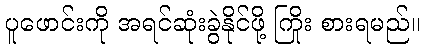
ပူဖောင်းကို အရင်ဆုံးခွဲနိုင်ဖို့ ကြိုး စားရမည်။